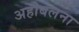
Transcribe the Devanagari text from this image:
अहोबलना